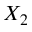
X _ { 2 }